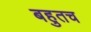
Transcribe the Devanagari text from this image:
बहुतच